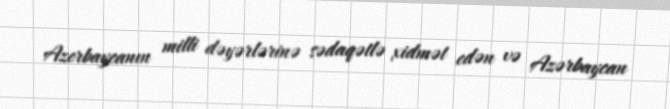
Azerbaycanın milli dəyərlərinə sədaqətlə xidmət edən və Azərbaycan